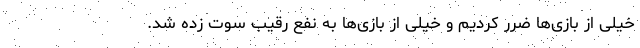
خیلی از بازی‌ها ضرر کردیم و خیلی از بازی‌ها به نفع رقیب سوت زده شد.